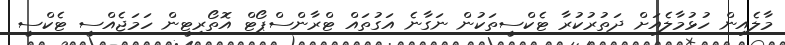
މާލެއިން ހުޅުމާލެއަށް ދަތުރުކުރާ ޓެކްސީތަކުން ނަގާނެ އަގުތައް ޓްރާންސްޕޯޓް އޮތޯރިޓީން ހަމަޖެއްސީ ޓެކްސީ